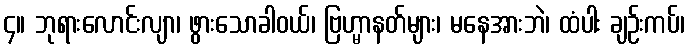
၄။ ဘုရားလောင်းလျာ၊ ဖွားသောခါဝယ်၊ ဗြဟ္မာနတ်များ၊ မနေအားဘဲ၊ ထံပါး ချဉ်းကပ်၊